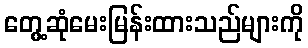
တွေ့ဆုံမေးမြန်းထားသည်များကို